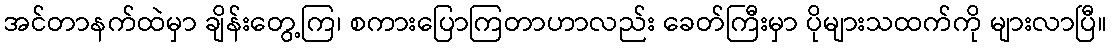
အင်တာနက်ထဲမှာ ချိန်းတွေ့ကြ၊ စကားပြောကြတာဟာလည်း ခေတ်ကြီးမှာ ပိုများသထက်ကို များလာပြီ။